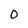
Character: 0